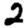
Digit: 2